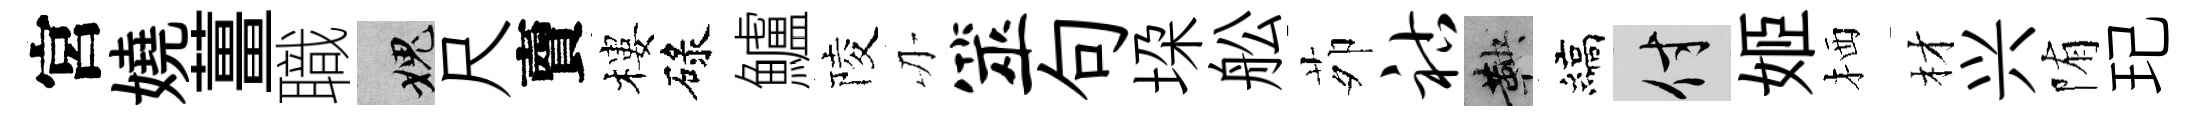
宮嬈薑職愧尺𧶠樓碌鱸陵刃筮句垜舩茆祜鞅縞付姬栖材兴陏玘